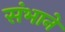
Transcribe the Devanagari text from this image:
संभाने